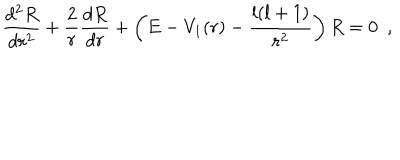
\frac { d ^ { 2 } R } { d r ^ { 2 } } + \frac { 2 } { r } \frac { d R } { d r } + \left( E - V _ { 1 } ( r ) - \frac { l ( l + 1 ) } { r ^ { 2 } } \right) R = 0 ~ ~ ,